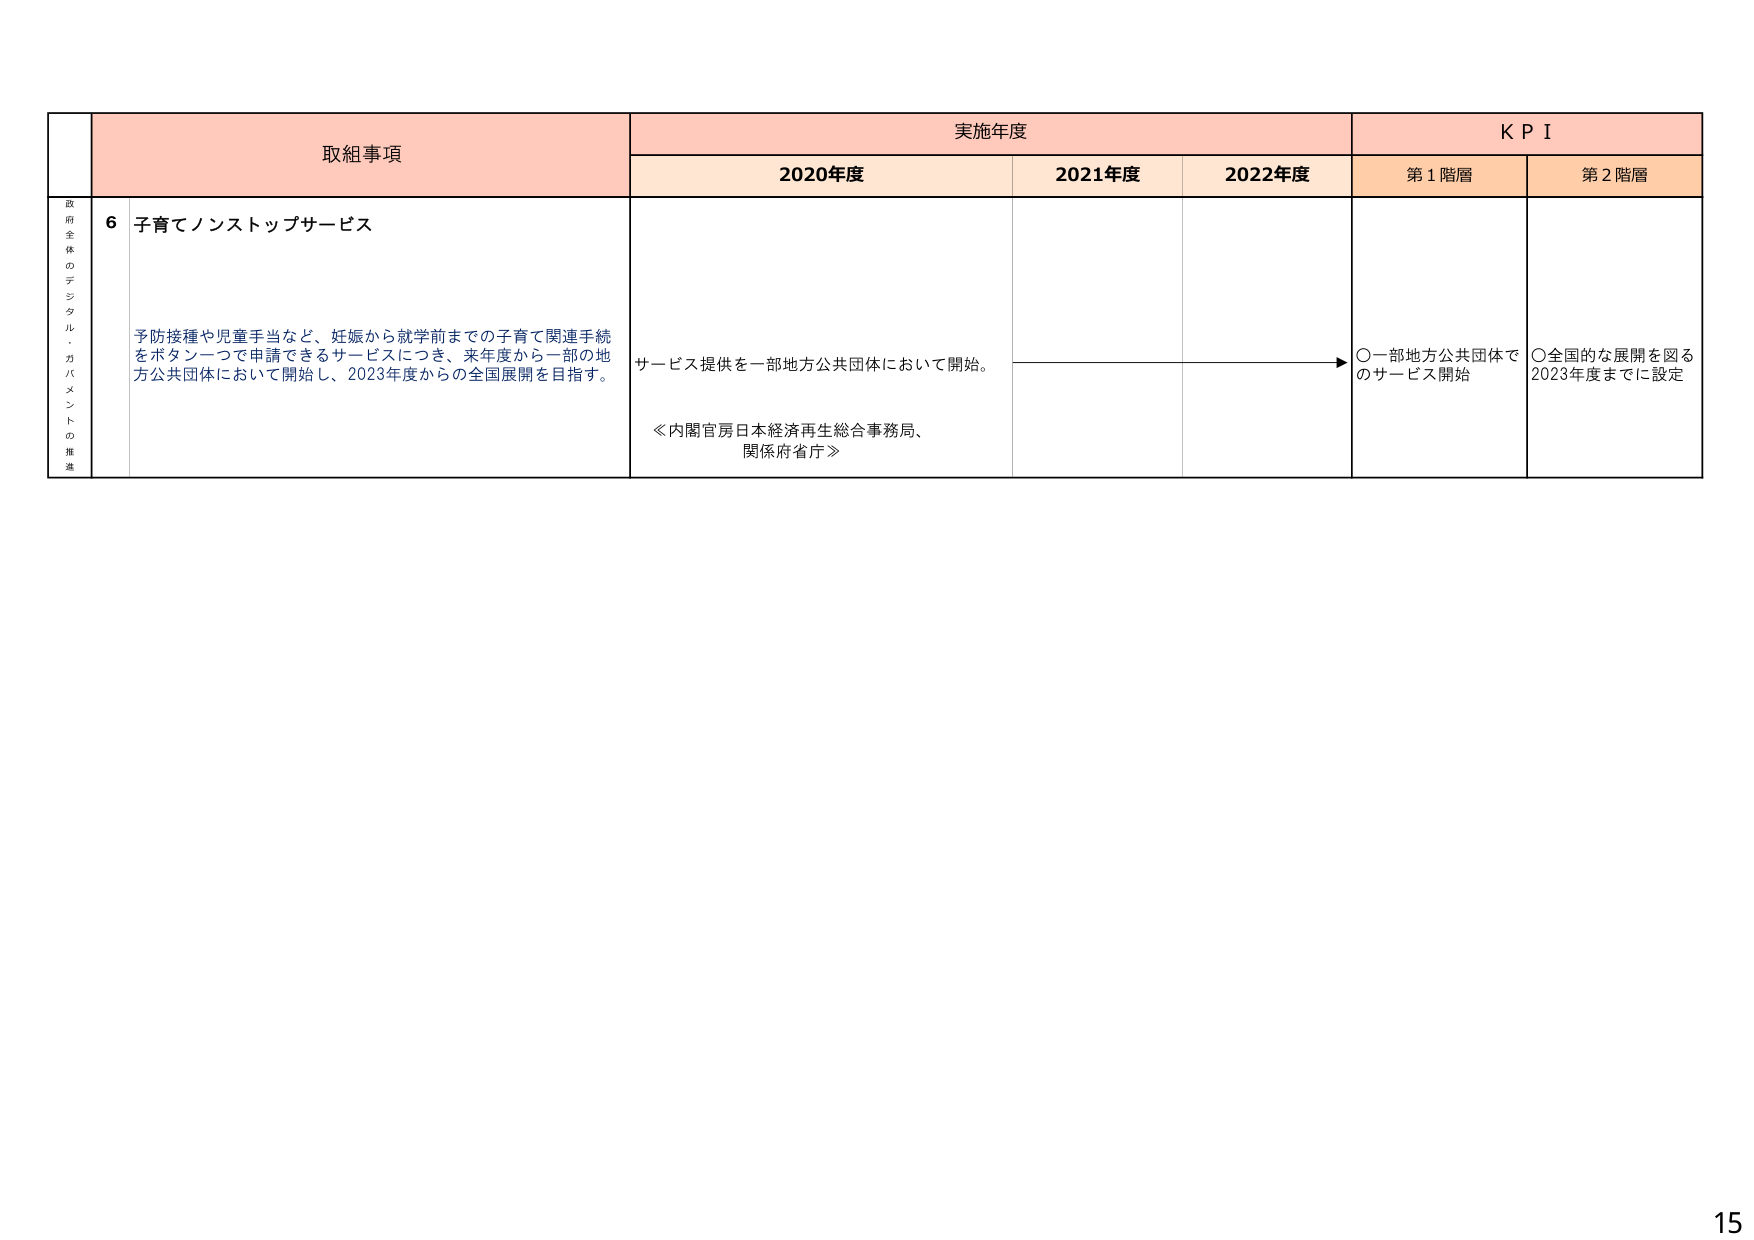
取組事項
実施年度
K P I
2020年度
2021年度
2022年度
第1階層
第2階層
政府全体のデジタル・ガバメントの推進
6 子育てノンストップサービス
予防接種や児童手当など、妊娠から就学前までの子育て関連手続をボタン一つで申請できるサービスにつき、来年度から一部の地方公共団体において開始し、2023年度からの全国展開を目指す。
サービス提供を一部地方公共団体において開始。
≪内閣官房日本経済再生総合事務局、関係府省庁≫
○一部地方公共団体でのサービス開始
○全国的な展開を図る2023年度までに設定
15